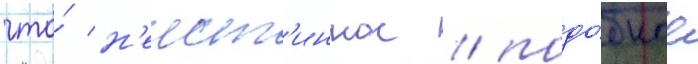
что́ н'еист'инное / подо́бное